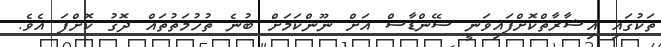
ތަކުގައި އިޝާރާތްކޮށްފައިވަނީ ސޭންޑާސް އަށް ނޫންކަމަށް ބުނެ ތުހުމަތުތައް ދޮގު ކޮށްފަ އެވެ.